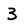
Character: 3